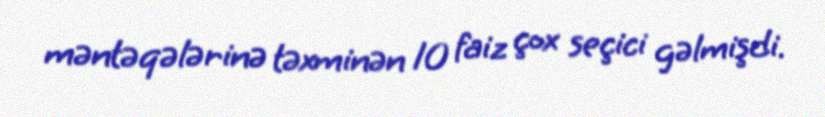
məntəqələrinə təxminən 10 faiz çox seçici gəlmişdi.